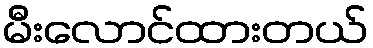
မီးလောင်ထားတယ်